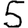
Digit: 5